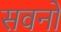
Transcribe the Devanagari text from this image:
सवनों